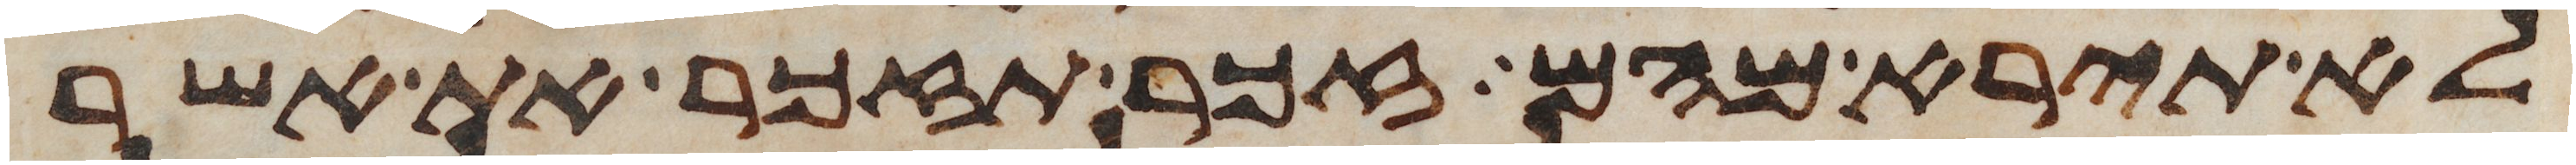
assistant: לא תירא מהם זכר תזכר את אשר